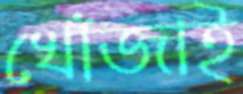
খোঁজাই